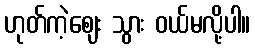
ဟုတ်ကဲ့ဈေး သွား ဝယ်မလို့ပါ။